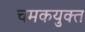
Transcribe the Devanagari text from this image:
चमकयुक्त